Report on sanitation, dispensaries, and jails in Rajputana for 1917, and on vaccination for the year 1917-1918 - 1917-1918
Year: 1917
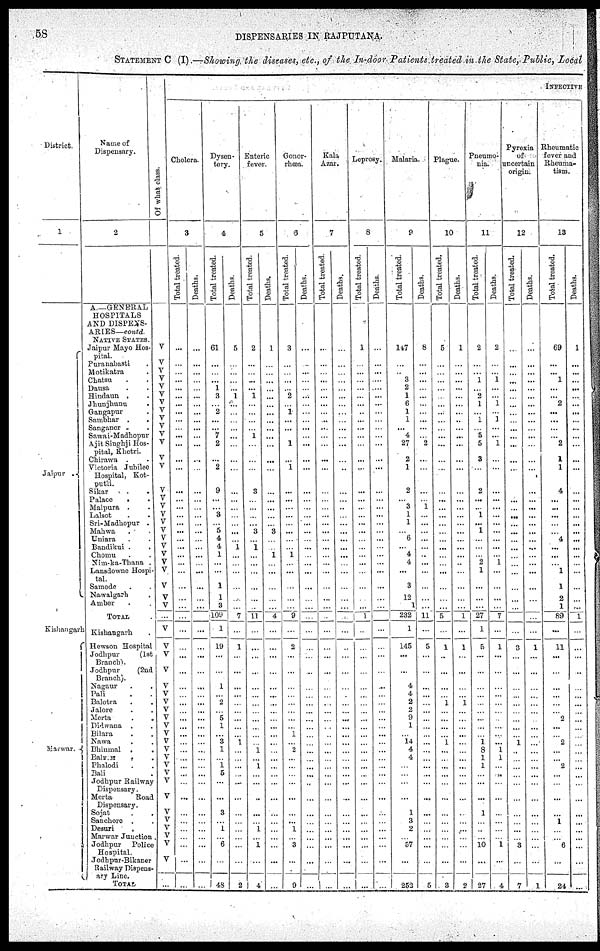
58
DISPENSARIES IN RAJPUTANA.
STATEMENT C (I) —Showing the diseases, etc., of the In-door Patients treated in the State, Public, Local
District.
1
Jaipur
Kishangarh
Marwar.
Name of
Dispensary.
2
A—GENERAL
HOSPITALS
AND DISPENS-
ARIES— contd.
NATIVE STATES.
Jaipur Mayo Hos-
pital.
Puranabasti .
Motikatra .
Chatsu . .
Dausa . .
Hindaun . .
Jhunjhunu .
Gangapur.
Sambhar . .
Sanganer . .
Sawai-Madhopur
Ajit Singhji Hos-
pital, Khetri.
Chirawa . .
Victoria Jubilee
Hospital, Kot-
putli.
Sikar
.
.
Palace . .
Malpura . .
Lalsot . .
Sri-Madhopur .
Mahwa
. .
Uniara . .
Bandikui .
.
Chomu . .
Nim-ka-Thana .
Lansdowne Hospi-
tal.
Samode . .
Nawalgarh
Amber . .
TOTAL .
Kishangarh.
Hewson Hospital
Jodhpur
(1st
Branch).
Jodhpur
(2nd
Branch).
Nagaur . .
Pali . .
Balotra . .
Jalore . .
Merta . .
Didwana . .
Bilara . .
Nawa . .
Bhinmal . .
Balmer . .
Phalodi . .
Bali
Jodhpur Railway
Dispensary.
Merta
Road
Dispensary.
Sojat . .
Sanchore .
Desuri . .
Marwar Junction
Jodhpur Police
Hospital.
Jodhpur-Bikaner
Railway Dispens-
ary Line.
TOTAL .
Of what class.
V
V
V
V
V
V
V
V
V
V
V
V
V
V
V
V
V
V
V
V
V
V
V
V
V
V
V
V
...
V
V
V
V
V
V
V
V
V
V
V
V
V
V
V
V
V
V
V
V
V
V
V
V
...
INFECTIVE
Cholera.
3
Total treated.
...
...
...
...
...
...
...
...
...
...
...
...
...
...
...
...
...
...
...
...
...
...
...
...
...
...
...
...
...
...
...
...
...
...
... ...
...
...
...
...
...
...
...
...
...
...
...
...
...
...
...
...
...
...
Deaths.
...
...
...
...
...
...
...
...
...
...
...
...
...
...
...
...
...
...
...
...
...
...
...
...
...
...
...
...
...
...
...
...
...
...
... ...
...
...
...
...
...
...
...
... ...
...
...
...
...
...
...
...
...
...
Dysen-
tery.
4
Total treated.
61
...
...
...
1
3
... 2
...
...
7
2
...
2
9
...
...
3
...
5
4
4
1
...
...
1
1
3
109
1
19
...
...
1
... 2
...
5
1
... 3
1
...
1 5
...
...
3
...
1
...
6
...
48
Deaths.
5
...
...
...
...
1
...
...
...
...
...
...
...
...
...
...
...
...
...
...
...
1
...
...
...
...
...
...
7
...
1
...
...
...
...
...
...
...
...
... 1
...
...
...
...
...
...
...
...
...
...
...
...
2
Enteric
fever.
5
Total treated.
2
...
...
...
... 1
...
...
...
...
1
...
...
...
3
...
...
...
...
3
...
1
...
...
...
...
...
...
11
...
...
...
...
...
...
...
...
...
...
...
...
1
...
1
...
...
...
...
...
1
...
1
...
4
Deaths.
1
...
...
...
...
...
...
...
...
...
...
...
...
...
...
...
...
...
...
3
...
...
1
...
...
...
...
...
4
...
...
...
...
...
...
...
...
... ...
...
...
...
...
...
...
...
...
...
...
...
...
...
...
...
Gonor-
rhœa.
6
Total treated.
3
...
...
...
... 2
...
1
...
...
...
1
...
1
...
...
...
...
...
...
...
...
1
...
...
...
...
...
9
...
2
...
...
...
...
...
...
...
...
1
...
2
...
...
...
...
...
...
...
1
...
3
...
9
Deaths.
...
...
...
...
...
...
...
...
...
...
...
...
...
...
...
...
...
...
...
...
...
...
...
...
...
...
...
...
...
...
...
...
...
...
...
...
...
...
...
...
...
...
...
...
...
...
...
...
...
...
...
...
...
...
Kala
Azar.
7
Total treated.
...
...
...
...
...
...
...
...
...
...
...
...
...
...
...
...
...
...
...
...
...
...
...
...
...
...
...
...
...
...
...
...
...
...
...
...
...
... ...
...
...
...
...
...
...
...
...
...
...
...
...
...
...
...
Deaths.
...
...
...
...
...
...
...
...
...
...
...
...
...
...
...
...
...
...
...
...
...
...
...
...
...
...
...
...
...
...
...
...
...
...
...
...
...
... ...
...
...
...
...
...
...
...
...
...
...
...
...
...
...
...
Leprosy.
8
Total treated.
1
...
...
...
...
...
...
...
...
...
...
...
...
...
...
...
...
...
...
...
...
...
...
...
...
...
...
...
1
...
...
...
...
...
...
...
...
...
...
...
...
...
...
...
...
...
...
...
...
...
...
...
...
...
Deaths.
...
...
...
...
...
...
...
...
...
...
...
...
...
...
...
...
...
...
...
...
...
...
...
...
...
...
...
...
...
...
...
...
...
...
...
...
...
...
...
...
...
...
...
...
...
...
...
...
...
...
...
...
...
...
Malaria.
9
Total treated.
147
...
...
3
2
1
6
1
1
...
4
27
2
1
2
...
3
1
1
... 6
...
4
4
...
3
12
1
232
1
145
...
...
4
4
2
2
9
1
... 14
4
4
...
...
...
...
1
3
2
...
57
...
252
Deaths.
8
...
...
...
...
...
...
...
...
...
...
2
...
...
...
...
1
...
...
...
...
...
...
...
...
...
...
...
11
...
5
...
...
...
...
...
...
...
...
... ...
...
...
...
...
...
...
...
...
...
...
...
...
5
Plague.
10
Total treated.
5
...
...
...
...
...
...
...
...
...
...
...
...
...
...
...
...
...
...
...
...
...
...
...
...
...
...
5
...
1
...
...
...
... 1
...
...
...
... 1
...
...
...
...
...
...
...
...
...
...
...
...
3
Deaths.
1
...
...
...
...
...
...
...
...
...
...
...
...
...
...
...
...
...
...
...
...
...
...
...
...
...
...
...
1
...
1
...
...
...
... 1
...
...
...
...
...
...
...
...
...
...
...
...
...
...
...
...
...
2
Pneumo¬
nia.
11
Total treated.
2
...
...
1
... 2
1
...
1
...
5
5
3
...
2
...
...
1
...
1
...
...
...
2
1
...
...
...
27
1
5
...
...
...
...
...
...
...
...
... 1
8
1
1
...
...
...
1
...
...
...
10
...
27
Deaths.
2
...
...
1
...
...
1
...
1
...
...
1
...
...
...
...
...
...
...
...
...
...
...
1
...
...
...
...
7
...
1
...
...
...
...
...
...
...
...
... ...
1
1
... ...
...
...
...
...
...
...
1
...
4
Pyrexia
of
uncertain
origin.
12
Total treated.
...
...
...
...
...
...
...
...
...
...
...
...
...
...
...
...
...
...
...
...
...
...
...
...
...
...
...
...
...
...
3
...
...
...
...
...
...
... ...
... 1
...
...
...
...
...
...
...
...
...
...
3
...
7
Deaths.
...
...
...
...
...
...
...
...
...
...
...
...
...
...
...
...
...
...
...
...
...
...
...
...
...
...
...
...
...
...
1
...
...
...
...
...
...
... ...
...
...
...
...
...
...
...
...
...
...
...
...
...
...
1
Rheumatic
fever and
Rheuma-
tism.
13
Total treated.
69
...
...
1
...
...
2
...
...
...
...
2
1
1
4
...
...
...
...
...
4
...
...
...
1
1
2
1
89
...
11
...
...
...
...
...
...
2
...
... 2
...
...
2
...
...
...
...
1
...
...
6
...
24
Deaths.
1
...
...
...
...
...
...
...
...
...
...
...
...
...
...
...
...
...
...
...
...
...
...
...
...
...
...
...
1
...
...
...
...
...
...
...
...
...
...
...
...
...
...
...
...
...
...
...
...
...
...
...
...
...